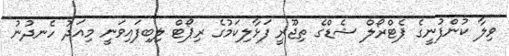
ވިލާ ކުންފުނީގެ ޕެޓްރޯލް ޝެޑްގެ ތިޖޫރީ ފަޅާލިކަމުގެ ރިޕޯޓް ލިބިފައިވަނީ މިއަދު ހެނދުނު